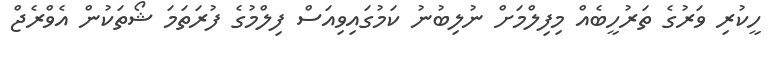
ހީކުރި ވަރުގެ ތަރުހީބެއް މިފިލްމަށް ނުލިބުނު ކަމުގައިވިއަސް ފިލްމުގެ ފުރަތަމަ ޝޯތަކުން އެވްރެޖް